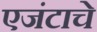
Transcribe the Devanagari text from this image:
एजंटाचे